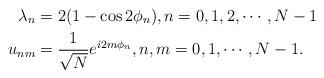
LaTeX: \begin{align*}\lambda_n&=2(1-\cos2\phi_n),n=0,1,2,\cdots,N-1 \\u_{nm}&=\frac{1}{\sqrt{N}}e^{i2m\phi_n}, n,m=0,1,\cdots,N-1. \end{align*}